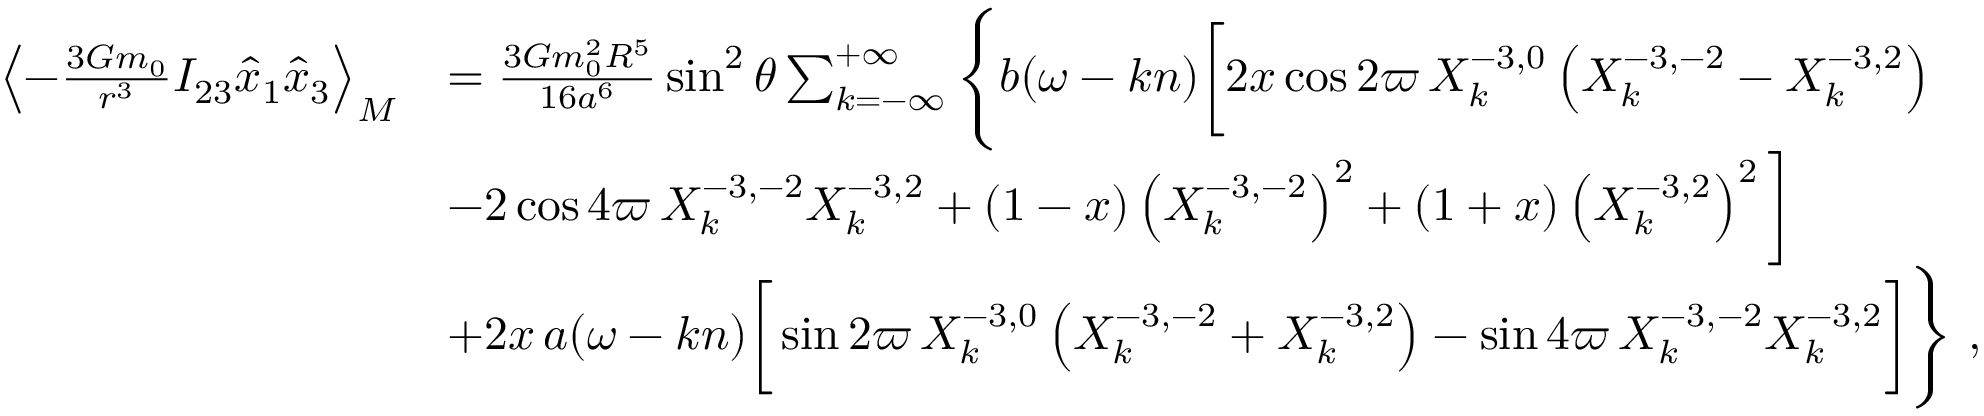
\begin{array} { r l } { \left\langle - \frac { 3 { \cal G } m _ { 0 } } { r ^ { 3 } } I _ { 2 3 } \hat { x } _ { 1 } \hat { x } _ { 3 } \right\rangle _ { M } } & { = \frac { 3 { \cal G } m _ { 0 } ^ { 2 } R ^ { 5 } } { 1 6 a ^ { 6 } } \sin ^ { 2 } \theta \sum _ { k = - \infty } ^ { + \infty } \Bigg \{ b ( \omega - k n ) \bigg [ 2 x \cos 2 \varpi \, X _ { k } ^ { - 3 , 0 } \left( X _ { k } ^ { - 3 , - 2 } - X _ { k } ^ { - 3 , 2 } \right) } \\ & { - 2 \cos 4 \varpi \, X _ { k } ^ { - 3 , - 2 } X _ { k } ^ { - 3 , 2 } + ( 1 - x ) \left( X _ { k } ^ { - 3 , - 2 } \right) ^ { 2 } + ( 1 + x ) \left( X _ { k } ^ { - 3 , 2 } \right) ^ { 2 } \bigg ] } \\ & { + 2 x \, a ( \omega - k n ) \bigg [ \sin 2 \varpi \, X _ { k } ^ { - 3 , 0 } \left( X _ { k } ^ { - 3 , - 2 } + X _ { k } ^ { - 3 , 2 } \right) - \sin 4 \varpi \, X _ { k } ^ { - 3 , - 2 } X _ { k } ^ { - 3 , 2 } \bigg ] \Bigg \} \ , } \end{array}